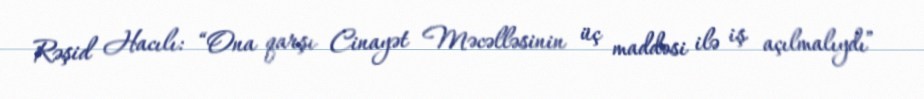
Rəşid Hacılı: “Ona qarşı Cinayət Məcəlləsinin üç maddəsi ilə iş açılmalıydı”